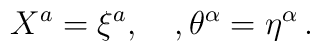
X^a=\xi^a, \quad, \theta^\alpha=\eta^\alpha\,.